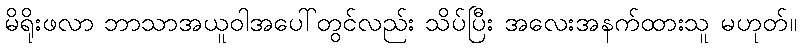
မိရိုးဖလာ ဘာသာအယူဝါအပေါ်တွင်လည်း သိပ်ပြီး အလေးအနက်ထားသူ မဟုတ်။